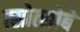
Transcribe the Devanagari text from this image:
त्सोत्सोबे